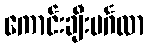
ကောင်းချီးမင်္ဂလာ